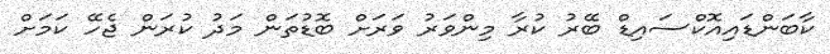
ކާބަންޑައިއޮކްސައިޑް ބޭރު ކުރާ މިންވަރު ވަރަށް ބޮޑުތަން މަދު ކުރަން ޖެހޭ ކަމަށް